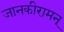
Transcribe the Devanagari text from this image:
जानकीरामन्